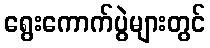
ရွေးကောက်ပွဲများတွင်